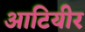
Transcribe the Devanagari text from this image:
आटियीर